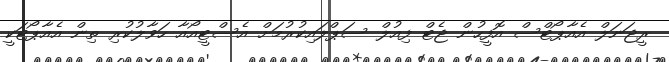
ރީޖަނަލް އެއާޕޯޓްސް އޮފީހުން ޖެޓް ފިއުލް ސަޕްލައިކުރުމަށް އެސްޓީއޯއާ ހަވާލުކުރި ތިން އެއާޕޯޓަކީ